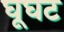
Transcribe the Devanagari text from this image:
घूघट